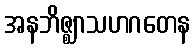
အနဘိဇ္ဈာသဟဂတေန